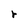
Character: r